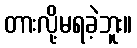
တားလို့မရခဲ့ဘူး။